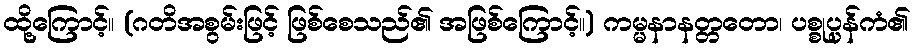
ထို့ကြောင့်။ (ဂတိအစွမ်းဖြင့် ဖြစ်စေသည်၏ အဖြစ်ကြောင့်။) ကမ္မနာနတ္တတော၊ ပစ္စုပ္ပန်ကံ၏